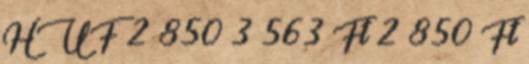
HUF 2 850 3 563 Ft 2 850 Ft